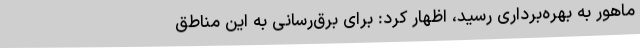
ماهور به بهره‌برداری رسید، اظهار کرد: برای برق‌رسانی به این مناطق